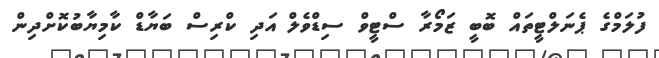
ފުލަމްގެ ޕެނަލްޓީތައް ބޮބީ ޒަމޯރާ ސްޓީވް ސިޑްވެލް އަދި ކްރިސް ބަޔާޑް ކާމިޔާބުކޮށްދިން